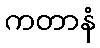
ကတာနံ